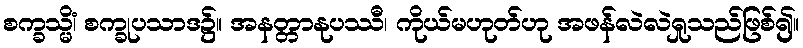
စက္ခသ္မိံ၊ စက္ခုပသာဒ၌။ အနတ္တာနုပဿီ၊ ကိုယ်မဟုတ်ဟု အဖန်လဲလဲရှုသည်ဖြစ်၍။